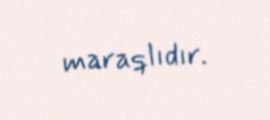
maraqlıdır.